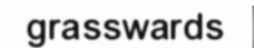
grasswards